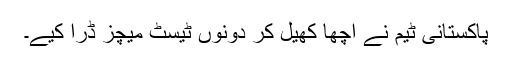
پاکستانی ٹیم نے اچھا کھیل کر دونوں ٹیسٹ میچز ڈرا کیے۔